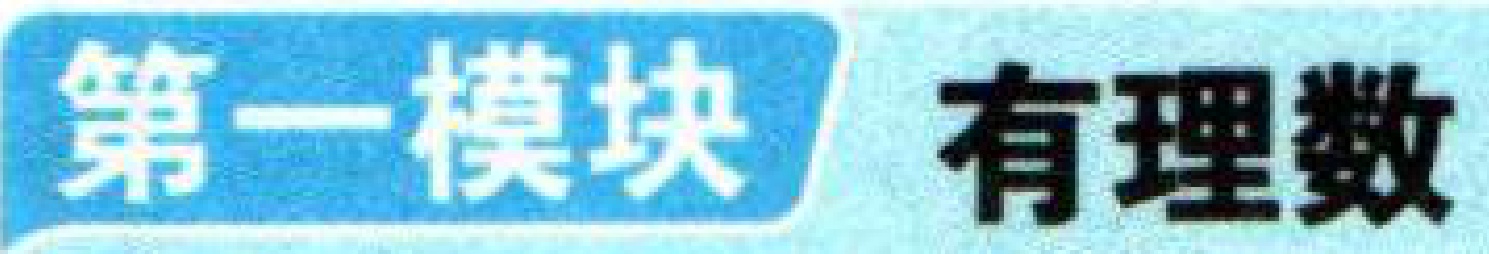
第一模块 有理数